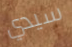
سيدي